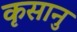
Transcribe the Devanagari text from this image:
कृसानु